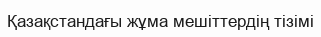
Қазақстандағы жұма мешіттердің тізімі